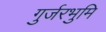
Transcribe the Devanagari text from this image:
गुर्जरभुमि